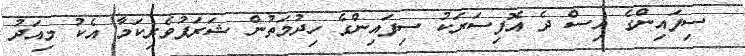
ސިފައިންގެ އިސް ދެ އޮފިސަރަކު ސިފައިންގެ ހިދުމަތުން ޝަރަފުވެރިކަމާ އެކު މިއަދު